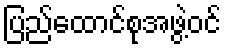
ပြည်ထောင်စုအဖွဲ့ဝင်